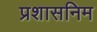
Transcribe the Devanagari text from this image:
प्रशासनिम